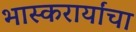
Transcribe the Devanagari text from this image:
भास्करार्यांचा